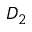
D _ { 2 }